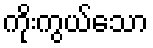
ကိုးကွယ်သော